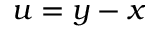
u = y - x